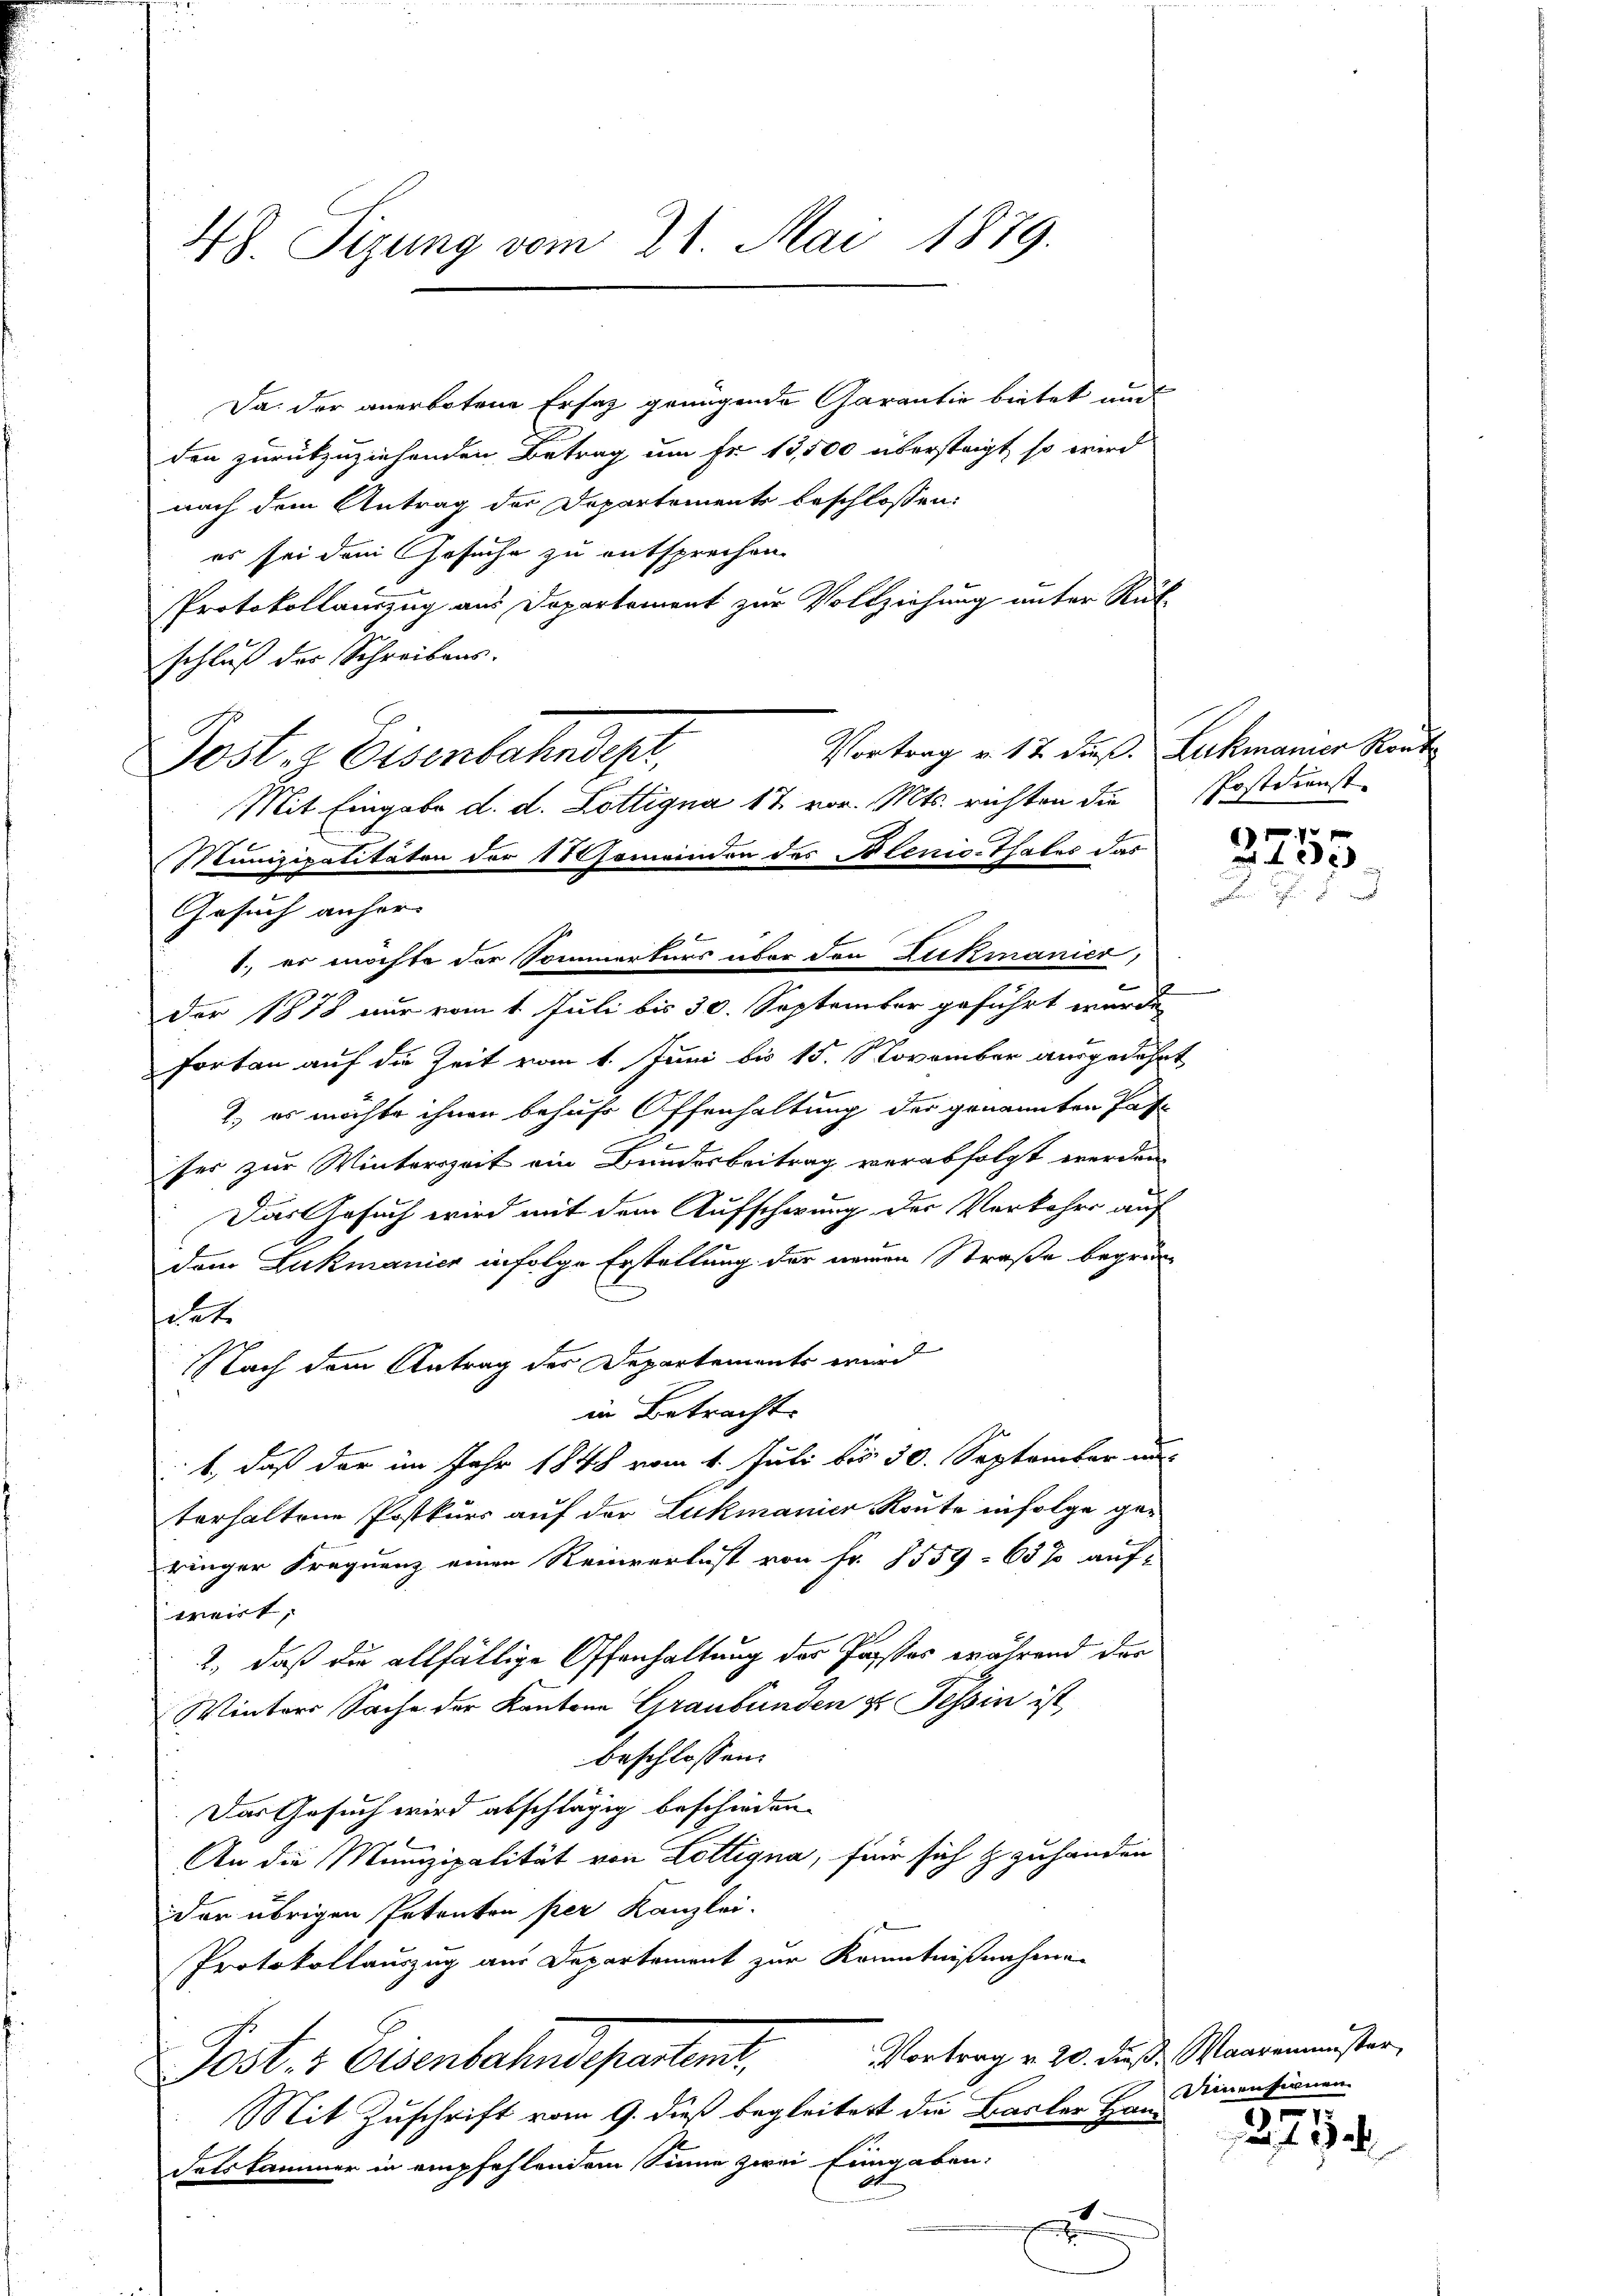
48. Sizung vom 21. Mai 1879.

1., er möchte der Sommerturs über den Lukmanier,

Da der anerbotene Ersatz genügende Garantie bietet und
den zurückzuziehenden Betrag um Fr. 15,500 übersteigt, so wird
nach dem Antrag der Departements beschlossen:
es sei dem Gesuche zu entsprechen.
Protokollauszug aus Departement zur Vollziehung unter Rück
schluß der Schreibens.
Vortrag v. 17 dieß. Lukmanner Rout
Post z. Eisenbahndepr
Mit Eingabe d. d. Lottigna 17. vor. Mts. richten die Postdienst
Munizipalitäten der 17 Gemeinden des Blenicethales das
Gesuch anher
Der 1878 nur vom 1. Juli bis 30. September geführt wurde,
fortan auf die Zeit vom 1. Juni bis 15. November ausgedehnt
2.) es möchte ihnen behufs Offenhaltung der genannten Pate
.
1
ser zur Winterszeit ein Bunderbeitrag verabfolgt werden
Das Gesuch wird mit dem Aufschwung der Verkehrs auf
dem Lukmanier infolge Erstellung der neuen Straße begrünitat.
Nach dem Antrag der Departements wird
in Betracht.
b., daß der im Jahr 1848 vom 1. Juli bis 30. September au
terhaltene Postkurs auf der Lukmanier Route infolge geringer Frequenz einen Reinverlust von Fr. 1559 - 65% auf-
weirt,
2., daß die allfällige Offenhaltung der Passtes während der
Winters Sache der Kantone Graubünden u. Tessin ist,
beschlossen:
Das Gesuch wird abschlägig beschieden.
An die Munizipalität von Lottigna, für sich & zuhanden
der übrigen Petenten per Kanzlei.
Protokollauszug aus Departement zur Kenntnißnahmen
Vortrag v. 20. dieß, Maarenmuster,
Post. v. Eisenbahndepartens,
Mit Zuschrift vom 9. dieß begleitert die Basler Hand
datskammer in empfehlendem Sinne zwei Eingaben:
8t.
2

e

0 f 0 x
Z 32

Deinen fernen
1

a. f. 19